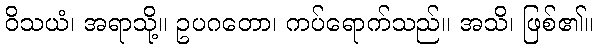
ဝိသယံ၊ အရာသို့။ ဥပဂတော၊ ကပ်ရောက်သည်။ အသိ၊ ဖြစ်၏။